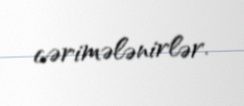
cərimələnirlər.